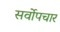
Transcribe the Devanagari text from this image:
सर्वोपचार